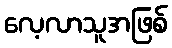
လေ့လာသူအဖြစ်